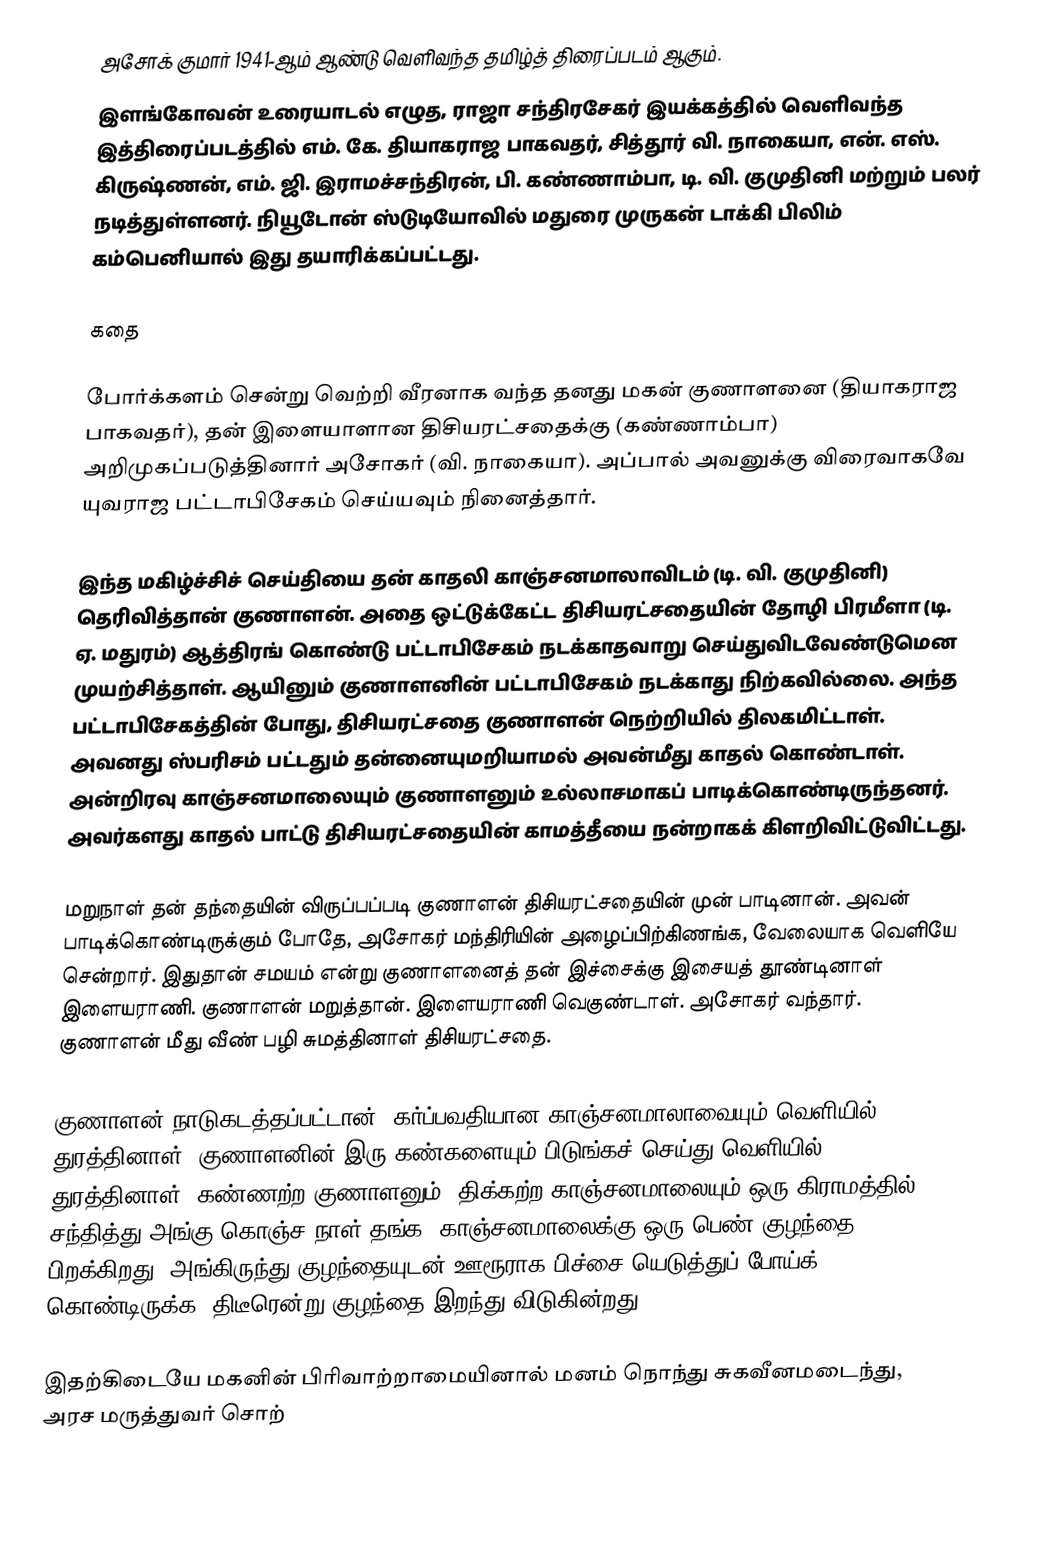
அசோக் குமார் 1941-ஆம் ஆண்டு வெளிவந்த தமிழ்த் திரைப்படம் ஆகும்.
இளங்கோவன் உரையாடல் எழுத,  ராஜா சந்திரசேகர் இயக்கத்தில் வெளிவந்த இத்திரைப்படத்தில் எம். கே. தியாகராஜ பாகவதர், சித்தூர் வி. நாகையா, என். எஸ். கிருஷ்ணன், எம். ஜி. இராமச்சந்திரன், பி. கண்ணாம்பா, டி. வி. குமுதினி மற்றும் பலர் நடித்துள்ளனர். நியூடோன் ஸ்டுடியோவில் மதுரை முருகன் டாக்கி பிலிம் கம்பெனியால் இது தயாரிக்கப்பட்டது.

கதை

போர்க்களம் சென்று வெற்றி வீரனாக வந்த தனது மகன் குணாளனை (தியாகராஜ பாகவதர்), தன் இளையாளான திசியரட்சதைக்கு (கண்ணாம்பா) அறிமுகப்படுத்தினார் அசோகர் (வி. நாகையா). அப்பால் அவனுக்கு விரைவாகவே யுவராஜ பட்டாபிசேகம் செய்யவும் நினைத்தார்.

இந்த மகிழ்ச்சிச் செய்தியை தன் காதலி காஞ்சனமாலாவிடம் (டி. வி. குமுதினி) தெரிவித்தான் குணாளன். அதை ஒட்டுக்கேட்ட திசியரட்சதையின் தோழி பிரமீளா (டி. ஏ. மதுரம்) ஆத்திரங் கொண்டு பட்டாபிசேகம் நடக்காதவாறு செய்துவிடவேண்டுமென முயற்சித்தாள். ஆயினும் குணாளனின் பட்டாபிசேகம் நடக்காது நிற்கவில்லை. அந்த பட்டாபிசேகத்தின் போது, திசியரட்சதை குணாளன் நெற்றியில் திலகமிட்டாள். அவனது ஸ்பரிசம் பட்டதும் தன்னையுமறியாமல் அவன்மீது காதல் கொண்டாள். அன்றிரவு காஞ்சனமாலையும் குணாளனும் உல்லாசமாகப் பாடிக்கொண்டிருந்தனர். அவர்களது காதல் பாட்டு திசியரட்சதையின் காமத்தீயை நன்றாகக் கிளறிவிட்டுவிட்டது.

மறுநாள் தன் தந்தையின் விருப்பப்படி குணாளன் திசியரட்சதையின் முன் பாடினான். அவன் பாடிக்கொண்டிருக்கும் போதே, அசோகர் மந்திரியின் அழைப்பிற்கிணங்க, வேலையாக வெளியே சென்றார். இதுதான் சமயம் என்று குணாளனைத் தன் இச்சைக்கு இசையத் தூண்டினாள் இளையராணி. குணாளன் மறுத்தான். இளையராணி வெகுண்டாள். அசோகர் வந்தார். குணாளன் மீது வீண் பழி சுமத்தினாள் திசியரட்சதை.

குணாளன் நாடுகடத்தப்பட்டான். கர்ப்பவதியான காஞ்சனமாலாவையும் வெளியில் துரத்தினாள். குணாளனின் இரு கண்களையும் பிடுங்கச் செய்து வெளியில் துரத்தினாள். கண்ணற்ற குணாளனும், திக்கற்ற காஞ்சனமாலையும் ஒரு கிராமத்தில் சந்தித்து அங்கு கொஞ்ச நாள் தங்க, காஞ்சனமாலைக்கு ஒரு பெண் குழந்தை பிறக்கிறது. அங்கிருந்து குழந்தையுடன் ஊரூராக பிச்சை யெடுத்துப் போய்க் கொண்டிருக்க, திடீரென்று குழந்தை இறந்து விடுகின்றது.

இதற்கிடையே மகனின் பிரிவாற்றாமையினால் மனம் நொந்து சுகவீனமடைந்து, அரச மருத்துவர் சொற்